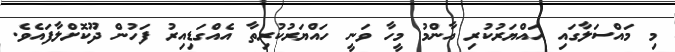
މި މައްސަލާގައި ހައްޔަރުކުރި އާންމު މީހާ ވަނީ ހައްޔަރުކުރިތާ އެއްގަޑިއިރު ފަހުން ދޫކޮށްލާފައެވެ.